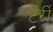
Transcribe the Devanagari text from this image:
टेर्री